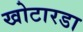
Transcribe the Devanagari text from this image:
खोटारडा